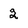
Character: 2